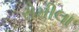
રોમીલા